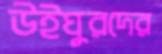
উইঘুরদের